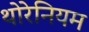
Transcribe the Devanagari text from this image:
थोरेनियम